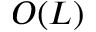
O ( L )